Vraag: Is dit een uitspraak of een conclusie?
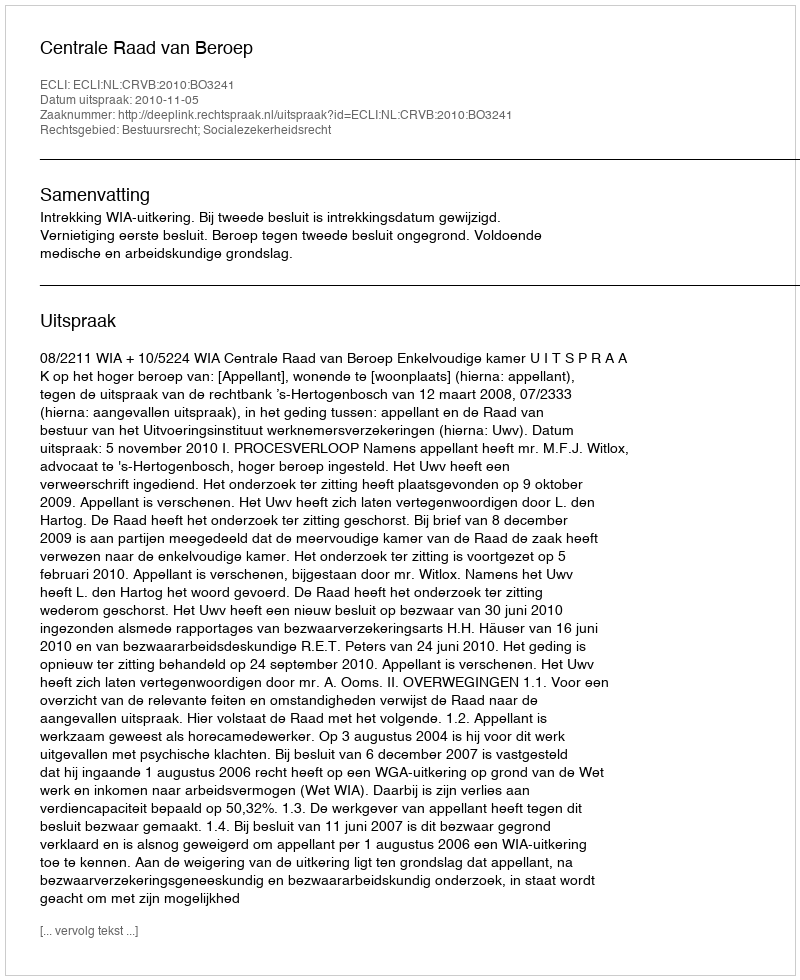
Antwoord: Uitspraak